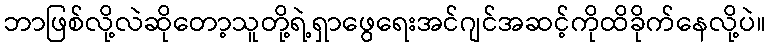
ဘာဖြစ်လို့လဲဆိုတော့သူတို့ရဲ့ရှာဖွေရေးအင်ဂျင်အဆင့်ကိုထိခိုက်နေလို့ပဲ။